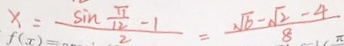
f ( x ) = \frac { \sin \frac { \pi } { 1 2 } - 1 } { 2 } = \frac { \sqrt { 6 } - \sqrt { 2 } - 4 } { 8 }